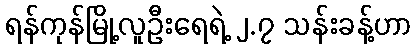
ရန်ကုန်မြို့လူဦးရေရဲ့ ၂.၇ သန်းခန့်ဟာ